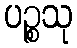
ပဉ္စသု